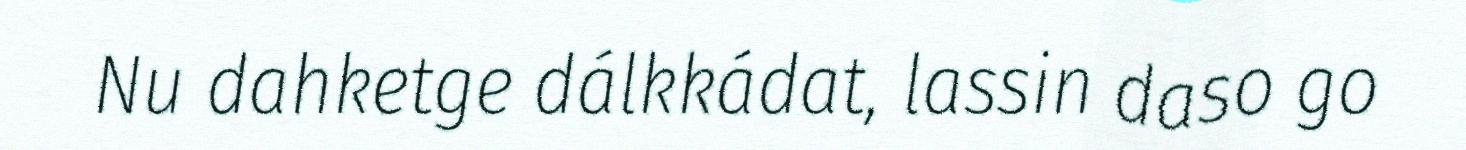
Nu dahketge dálkkádat, lassin daso go